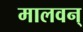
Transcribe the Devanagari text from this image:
मालवन्